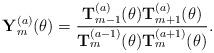
LaTeX: \begin{align*}{\bf Y}^{(a)}_m(\theta) =\frac{ {\bf T}^{(a)}_{m-1}(\theta) {\bf T}^{(a)}_{m+1}(\theta)} { {\bf T}^{(a-1)}_{m}(\theta) {\bf T}^{(a+1)}_{m}(\theta)}.\end{align*}